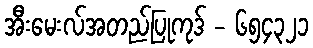
အီးမေးလ်အတည်ပြုကုဒ် - ၆၅၄၃၂၁